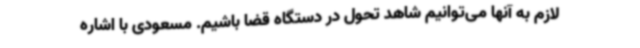
لازم به آنها می‌توانیم شاهد تحول در دستگاه قضا باشیم. مسعودی با اشاره